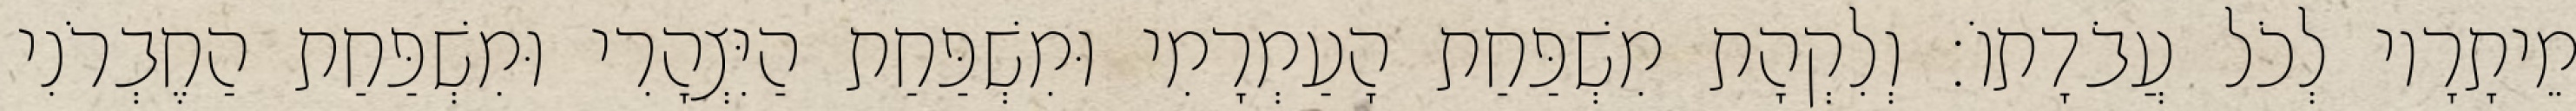
מֵיתָרָיו לְכֹל עֲבֹדָתוֹ׃ וְלִקְהָת מִשְׁפַּחַת הָעַמְרָמִי וּמִשְׁפַּחַת הַיִּצְהָרִי וּמִשְׁפַּחַת הַחֶבְרֹנִי